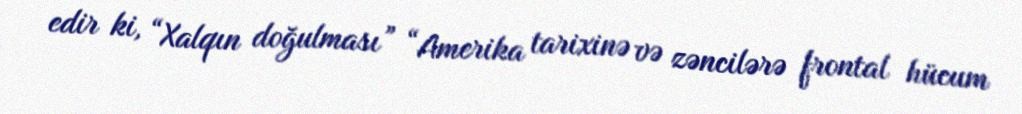
edir ki, “Xalqın doğulması” “Amerika tarixinə və zəncilərə frontal hücum